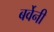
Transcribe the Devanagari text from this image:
बर्वेनी